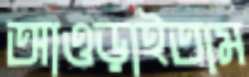
আওড়াইতাম